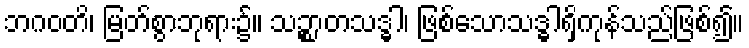
ဘဂဝတိ၊ မြတ်စွာဘုရား၌။ သဉ္စာတသဒ္ဓါ၊ ဖြစ်သောသဒ္ဓါရှိကုန်သည်ဖြစ်၍။